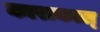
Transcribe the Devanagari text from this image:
काराकाल्